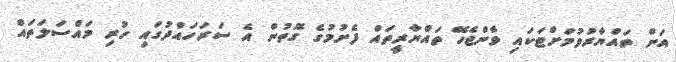
އަށް ތައްޔާރުވުމަށްޓަކައި ވާންޖެހޭ ތައްޔާރީތައް ފެށުމުގެ ގޮތުން އެ ސަރަހައްދުގައި ހުރި މައްސަލަތައް